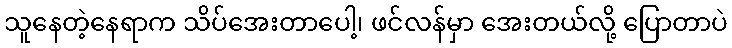
သူနေတဲ့နေရာက သိပ်အေးတာပေါ့၊ ဖင်လန်မှာ အေးတယ်လို့ ပြောတာပဲ